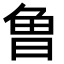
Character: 𭦌